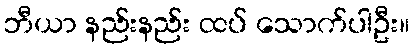
ဘီယာ နည်းနည်း ထပ် သောက်ပါဦး။